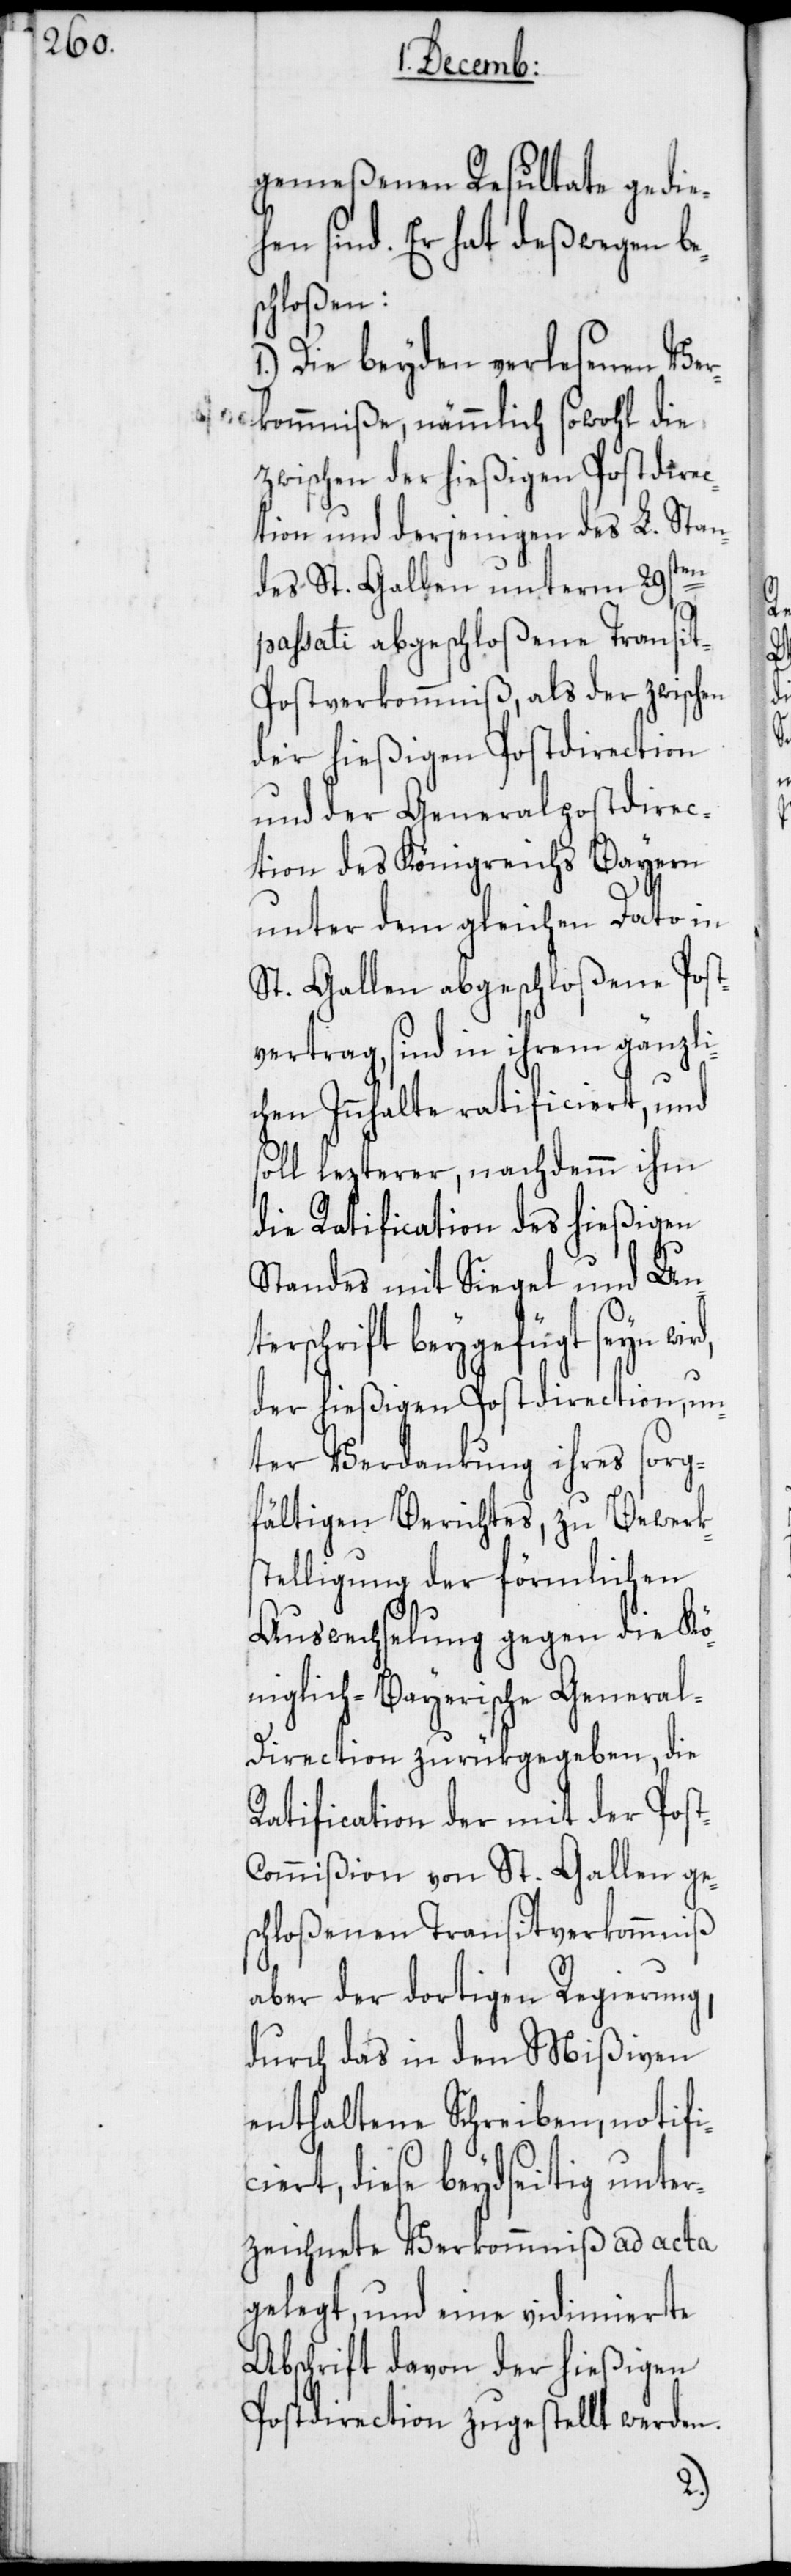
gemeßenen Resultate gedie¬
hen sind. Er hat deßwegen be¬
schloßen:
1.) Die beyden verlesenen Ve¬
rkommniße, nämmlich sowohl die
zwischen der hießigen Postdirec¬
tion und derjenigen des L. Stan¬
des St. Gallen unterm 29sten
passati abgeschloßene Transi¬
t-Postverkommniß, als der zwischen
der hießigen Postdirection
und der Generalpostdirec¬
tion des Königreichs Bayern
unter dem gleichen Dato in
St. Gallen abgeschloßene Post¬
vertrag, sind in ihrem gänzli¬
chen Innhalte ratificert, und
soll lezterer, nachdemm ihm
die Ratification des hießigen
Standes mit Siegel und Unt¬
erschrift beygefügt seyn wi¬
der hießigen Postdirection, un¬
ter Verdankung ihres sorg¬
fältigen Berichtes, zu Bewerk¬
stelligung der förmlichen
Auswechselung gegen die Kö¬
niglich-Bayerische Genera¬
l-Direction zurükgegeben, die
Ratification der mit der Pos¬
t-Commißion von St. Gallen ge¬
schloßenen Transitverkommniß
aber der dortigen Regierung,
durch das in den Mißiven
enthaltene Schreiben, notifi¬
ciert, diese beydseitig unter¬
zeichnete Verkommniß ad acta
gelegt, und eine vidimierte
Abschrift davon der hießigen
Postdirection zugestellt werden.
rd,